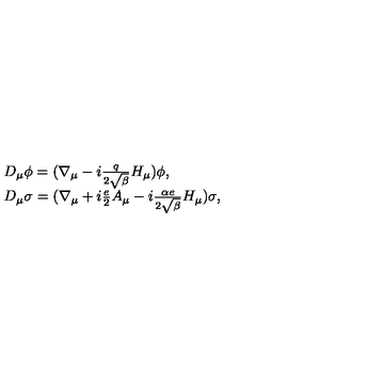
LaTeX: \begin{array} { l l } { D _ { \mu } \phi = ( \nabla _ { \mu } - i \frac { q } { 2 \sqrt { \beta } } H _ { \mu } ) \phi , } \\ { D _ { \mu } \sigma = ( \nabla _ { \mu } + i \frac { e } { 2 } A _ { \mu } - i \frac { \alpha e } { 2 \sqrt { \beta } } H _ { \mu } ) \sigma , } \\ \end{array}